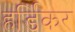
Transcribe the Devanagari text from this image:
हर्डिकर